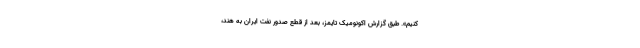
کنیم». طبق گزارش اکونومیک تایمز، بعد از قطع صدور نفت ایران به هند،